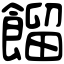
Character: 餾